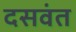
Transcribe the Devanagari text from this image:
दसवंत